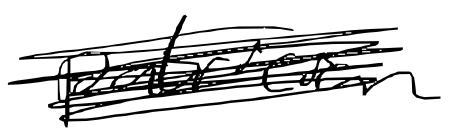
Text: patrician
Cross-out: scratch
Writing tool: digital_black